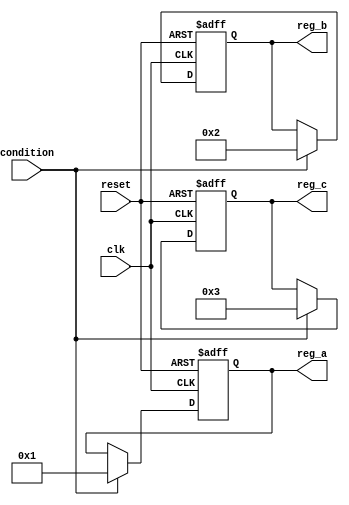
module conditional_initialization (
    input wire clk,            // Clock signal
    input wire reset,          // Reset signal
    input wire condition,      // Control signal for conditional initialization
    output reg [7:0] reg_a,    // Register A
    output reg [7:0] reg_b,    // Register B
    output reg [7:0] reg_c     // Register C
);

// Initial block for simulation purposes
initial begin
    reg_a = 8'b0; // Initialize reg_a to 0
    reg_b = 8'b0; // Initialize reg_b to 0
    reg_c = 8'b0; // Initialize reg_c to 0
end

// Always block for conditional initialization
always @(posedge clk or posedge reset) begin
    if (reset) begin
        // Reset condition: initialize registers to predefined values
        reg_a <= 8'hFF; // Example: set reg_a to 255
        reg_b <= 8'hAA; // Example: set reg_b to 170
        reg_c <= 8'h00; // Example: set reg_c to 0
    end else if (condition) begin
        // Conditional initialization based on the condition signal
        reg_a <= 8'h01; // Example: set reg_a to 1
        reg_b <= 8'h02; // Example: set reg_b to 2
        reg_c <= 8'h03; // Example: set reg_c to 3
    end
    // Additional logic can be added here for other operations
end

endmodule